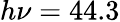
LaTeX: h\nu=44.3